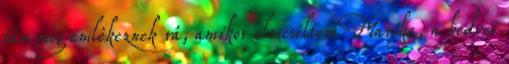
tán még emlékeznek rá, amikor elmeséltem Ma­rika, a ked­ves